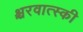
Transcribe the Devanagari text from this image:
श्चरवात्स्की